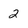
Character: 2